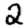
Digit: 2